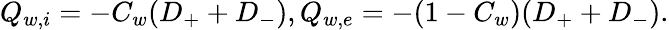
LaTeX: Q_{w,i}=-C_{w}(D_{+}+D_{-}),Q_{w,e}=-(1-C_{w})(D_{+}+D_{-}).